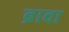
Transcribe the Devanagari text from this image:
ब्रावा